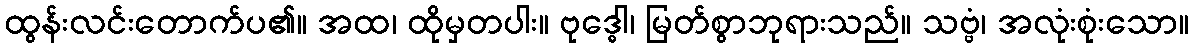
ထွန်းလင်းတောက်ပ၏။ အထ၊ ထိုမှတပါး။ ဗုဒ္ဓေါ၊ မြတ်စွာဘုရားသည်။ သဗ္ဗံ၊ အလုံးစုံးသော။